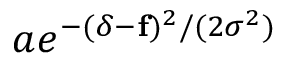
a e ^ { - ( \delta - \mathbf { f } ) ^ { 2 } / ( 2 \sigma ^ { 2 } ) }